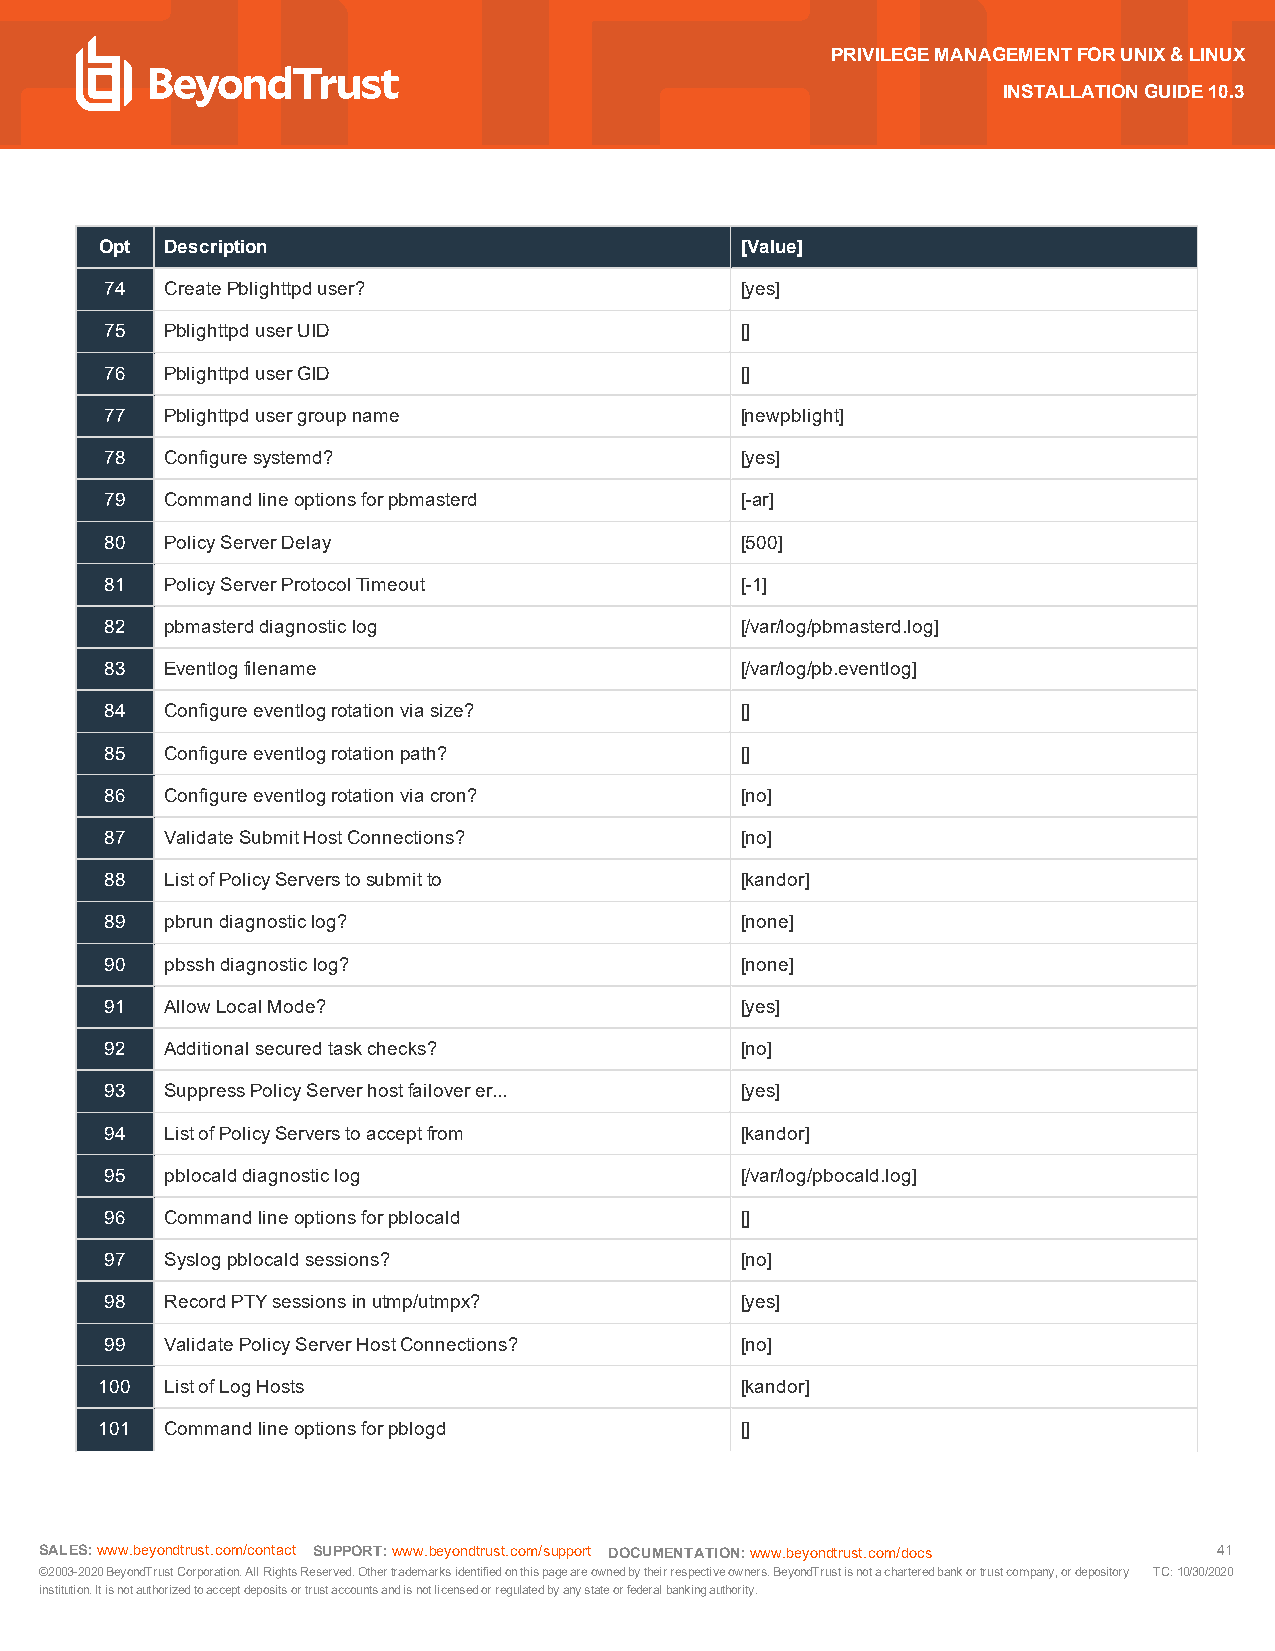
PRIVILEGEMANAGEMENTFORUNIX&LINUX
 INSTALLATIONGUIDE10.3
 Opt Description                           [Value]
 74  CreatePblighttpduser?                 [yes]
 75  PblighttpduserUID                     []
 76  PblighttpduserGID                     []
 77  Pblighttpdusergroupname               [newpblight]
 78  Configuresystemd?                     [yes]
 79  Commandlineoptionsforpbmasterd        [-ar]
 80  PolicyServerDelay                     [500]
 81  PolicyServerProtocolTimeout           [-1]
 82  pbmasterddiagnosticlog                [/var/log/pbmasterd.log]
 83  Eventlogfilename                      [/var/log/pb.eventlog]
 84  Configureeventlogrotationviasize?     []
 85  Configureeventlogrotationpath?        []
 86  Configureeventlogrotationviacron?     [no]
 87  ValidateSubmitHostConnections?        [no]
 88  ListofPolicyServerstosubmitto         [kandor]
 89  pbrundiagnosticlog?                   [none]
 90  pbsshdiagnosticlog?                   [none]
 91  AllowLocalMode?                       [yes]
 92  Additionalsecuredtaskchecks?          [no]
 93  SuppressPolicyServerhostfailoverer... [yes]
 94  ListofPolicyServerstoacceptfrom       [kandor]
 95  pblocalddiagnosticlog                 [/var/log/pbocald.log]
 96  Commandlineoptionsforpblocald         []
 97  Syslogpblocaldsessions?               [no]
 98  RecordPTYsessionsinutmp/utmpx?        [yes]
 99  ValidatePolicyServerHostConnections?  [no]
 100 ListofLogHosts                        [kandor]
 101 Commandlineoptionsforpblogd           []
 SALES:www.beyondtrust.com/contact SUPPORT:www.beyondtrust.com/support DOCUMENTATION:www.beyondtrust.com/docs 41
 ©2003-2020BeyondTrustCorporation.AllRightsReserved.Othertrademarksidentifiedonthispageareownedbytheirrespectiveowners.BeyondTrustisnotacharteredbankortrustcompany,ordepository TC:10/30/2020
 institution.Itisnotauthorizedtoacceptdepositsortrustaccountsandisnotlicensedorregulatedbyanystateorfederalbankingauthority.